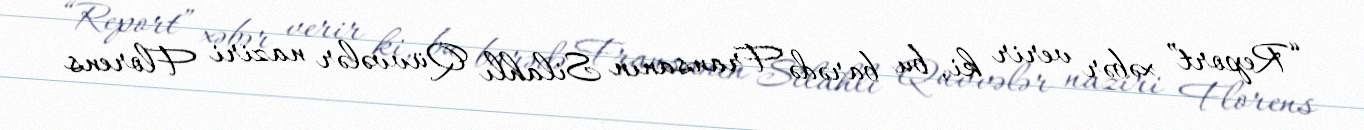
“Report” xəbər verir ki, bu barədə Fransanın Silahlı Qüvvələr naziri Florens